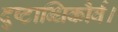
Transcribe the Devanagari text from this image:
दुष्टाब्धिकौर्व।